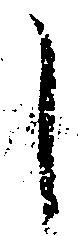
し